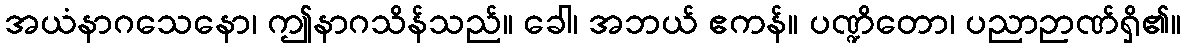
အယံနာဂသေနော၊ ဤနာဂသိန်သည်။ ခေါ၊ အဘယ် ဧကန်။ ပဏ္ဍိတော၊ ပညာဉာဏ်ရှိ၏။